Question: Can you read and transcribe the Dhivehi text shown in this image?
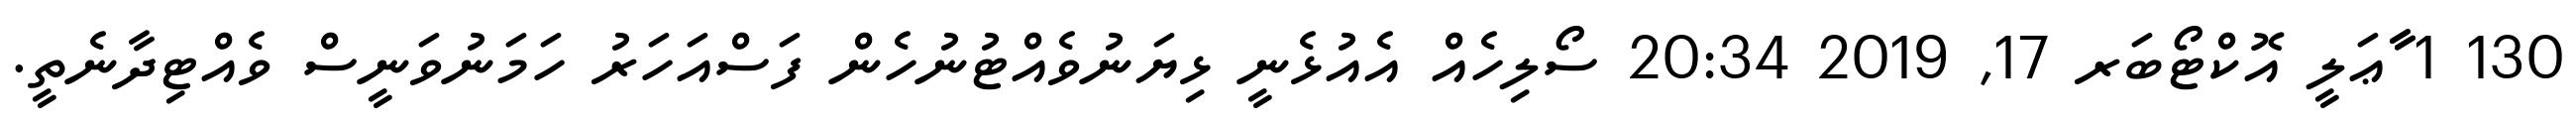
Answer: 130 1 ާާާޢަލީ އޮކްޓޯބަރ 17, 2019 20:34 ސޯލިހެއް އެއުޅެނީ ޅިޔަނުވެއްޓުނުހެން ފަސްއަހަރު ހަމަނުވަނީސް ވެއްޓިދާނެތީ.